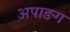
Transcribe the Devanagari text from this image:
अपाङग